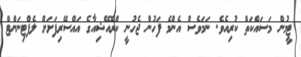
ޓީމުން މަސައްކަތް ކުރިއެވެ. ނަމަވެސް އެންމެ ފަހުން ޖެހުނީ ކްރޮއޭޝިއާގެ އައްސޭރިފަށަށް ލެފްޓިނަންޓް